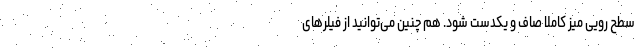
سطح رویی میز کاملاً صاف و یکدست شود. هم چنین می‌توانید از فیلرهای